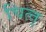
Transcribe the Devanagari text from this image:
चित्त्